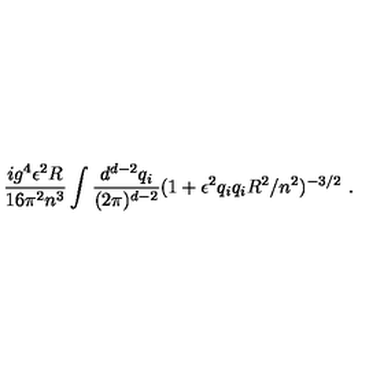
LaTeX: \frac { i g ^ { 4 } \epsilon ^ { 2 } R } { 1 6 \pi ^ { 2 } n ^ { 3 } } \int \frac { d ^ { d - 2 } q _ { i } } { ( 2 \pi ) ^ { d - 2 } } ( 1 + \epsilon ^ { 2 } q _ { i } q _ { i } R ^ { 2 } / n ^ { 2 } ) ^ { - 3 / 2 } \ .